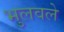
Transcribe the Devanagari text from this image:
भुलवले